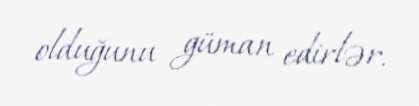
olduğunu güman edirlər.